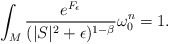
\begin{align*}\int_{M}\frac{e^{F_{\epsilon}}}{(|S|^2+\epsilon)^{1-\beta}}\omega^n_{0}=1. \end{align*}